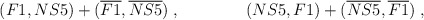
\begin{align*}(F1,NS5)+(\overline{F1},\overline{NS5}) \; , \qquad\qquad(NS5,F1)+(\overline{NS5},\overline{F1}) \; ,\end{align*}